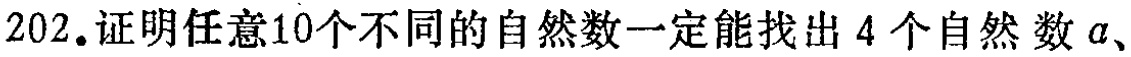
202.证明任意10个不同的自然数一定能找出 4 个自然数 \(a\)、